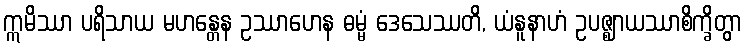
ဣမိဿာ ပရိသာယ မဟန္တေန ဥဿာဟေန ဓမ္မံ ဒေသေဿတိ, ယံနူနာဟံ ဥပဇ္ဈာယဿာစိက္ခိတွာ